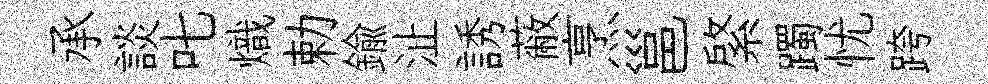
承談叱熾勅鍮沚誘蔽烹邕綮躅忧跨